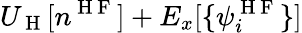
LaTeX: U_{\mathrm{~H~}}[n^{\mathrm{~H~F~}}]+E_{x}[\{ \psi_{i}^{\mathrm{~H~F~}}\} ]